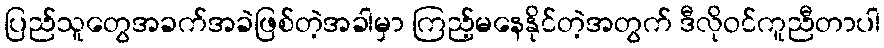
ပြည်သူတွေအခက်အခဲဖြစ်တဲ့အခါမှာ ကြည့်မနေနိုင်တဲ့အတွက် ဒီလိုဝင်ကူညီတာပါ